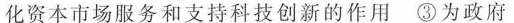
化资本市场服务和支持科技创新的作用③为政府